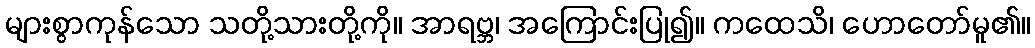
များစွာကုန်သော သတို့သားတို့ကို။ အာရဗ္ဘ၊ အကြောင်းပြု၍။ ကထေသိ၊ ဟောတော်မူ၏။